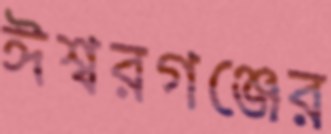
ঈশ্বরগঞ্জের